Leaving Certificate, 1896
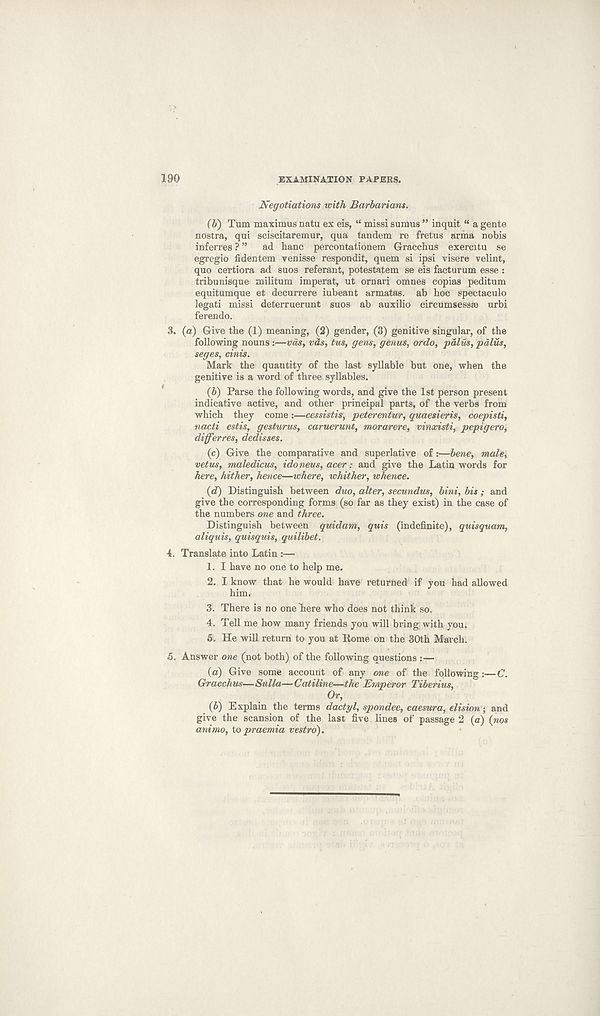
190
EXAMINATION PAPERS.
Negotiations with Barbarians.
(V) Turn maximus natu ex eis, “ missi sumus ” inquit “ a gente
nostra, qui sciscitaremur, qua tandem re fretus arma nobis
inferres ? ”
ad banc percontationem Gracchus exercitu se
egregio fidentem yenisse respondit, quem si ipsi visere velint,
quo certiora ad suos referant, potestatem se eis facturum esse :
tribunisque militum imperat, ut ornari omnes copias peditum
equitumque et decurrere iubeant armatas. ab hoc spectaculo
legati missi deterruerunt suos ab auxilio circumsessae urbi
ferendo.
3. (a) Give the (1) meaning, (2) gender, (3) genitive singular, of the
following nouns:—vds, vds, tus, gens, genus, ordo, palus, pdlus,
seges, cinis.
Mark the quantity of the last syllable but one, when the
genitive is a word of three syllables.
(6) Parse the following words, and give the 1st person present
indicative active, and other principal parts, of the verbs from
which they come :—cessistis, peterentur, quaesieris, coepisti,
nacti estis, gesturus, caruerunt, morarere, vinxisti, pepigero,
differres, dedisses.
(c) Give the comparative and superlative of :—bene, male,
vetus, maledicus, idoneus, acer: and give the Latin words for
here, hither, hence—where, whither, whence.
(d) Distinguish between duo, alter, secundus, bini, bis; and
give the corresponding forms (so far as they exist) in the case of
the numbers one and three.
Distinguish between quidam, quis (indefinite), quisquam,
aliquis, quisquis, quilibet.
4. Translate into Latin :—
1. I have no one to help me.
2. I know that he would have returned if you had allowed
him.
3. There is no one here who does not think so.
4. Tell me how many friends you will bring with you.
5. He will return to you at Rome on the 30th March.
5. Answer one (not both) of the following questions :—
(a) Give some account of any one of the following:—C.
Gracchus—Sulla—Catiline—the Emperor Tiberius,
Or,
(b) Explain the terms dactyl, spondee, caesura, elision; and
give the scansion of the last five lines of passage 2 (a) {nos
ammo, to praemia vestro).